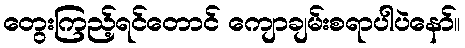
တွေးကြည့်ရင်တောင် ကျောချမ်းစရာပါပဲနော်။